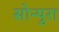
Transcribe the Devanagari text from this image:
सोन्पुरा